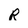
Character: R